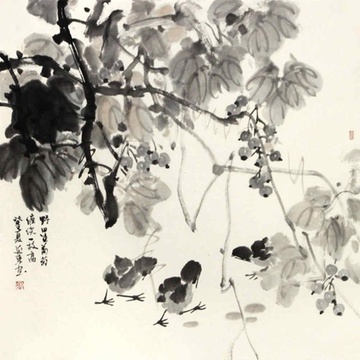
鸟衔野田草，误入枯桑里。